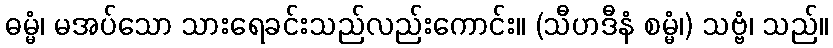
ဓမ္မံ၊ မအပ်သော သားရေခင်းသည်လည်းကောင်း။ (သီဟဒီနံ စမ္မံ၊) သဗ္ဗံ၊ သည်။